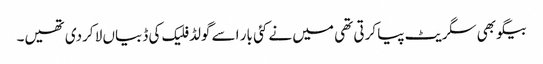
بیگو بھی سگریٹ پیا کرتی تھی میں نے کئی بار اسے گولڈ فلیک کی ڈبیاں لا کردی تھیں۔